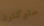
ستوكتون